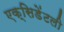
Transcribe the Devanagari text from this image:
एक्सिडेंटली